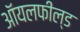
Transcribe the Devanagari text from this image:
ऑयलफील्ड